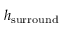
h _ { \mathrm { { s u r r o u n d } } }